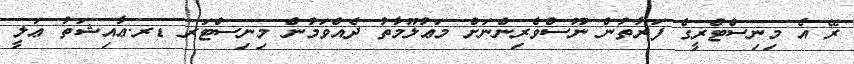
ރޭ އެ މިނިސްޓްރީގެ ފަރާތުން ނޫސްވެރިންނަށް މަޢުލޫމާތު ދެއްވަމުން މިނިސްޓަރ ޑރ.ޢާއިޝަތު ޢަލީ